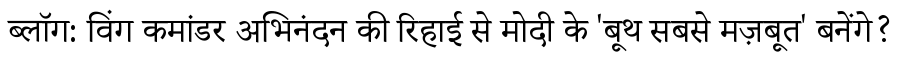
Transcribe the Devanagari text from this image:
ब्लॉग: विंग कमांडर अभिनंदन की रिहाई से मोदी के 'बूथ सबसे मज़बूत' बनेंगे?